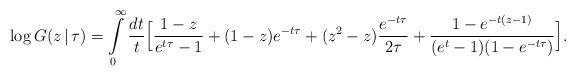
LaTeX: \begin{align*}\log G(z\,|\,\tau) = \int\limits_0^\infty \frac{dt}{t} \Bigl[\frac{1-z}{e^{t\tau}-1}+(1-z)e^{-t\tau}+(z^2-z)\frac{e^{-t\tau}}{2\tau}+\frac{1-e^{-t(z-1)}}{(e^t-1)(1-e^{-t\tau})}\Bigr]. \end{align*}